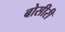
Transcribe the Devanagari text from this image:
बोसीरी